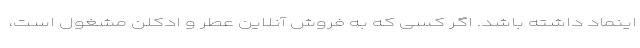
اینماد داشته باشد. اگر کسی که به فروش آنلاین عطر و ادکلن مشغول است،